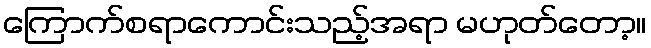
ကြောက်စရာကောင်းသည့်အရာ မဟုတ်တော့။